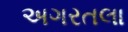
અગરતલા